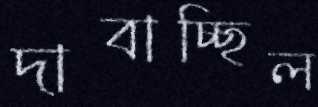
দাবাচ্ছিল